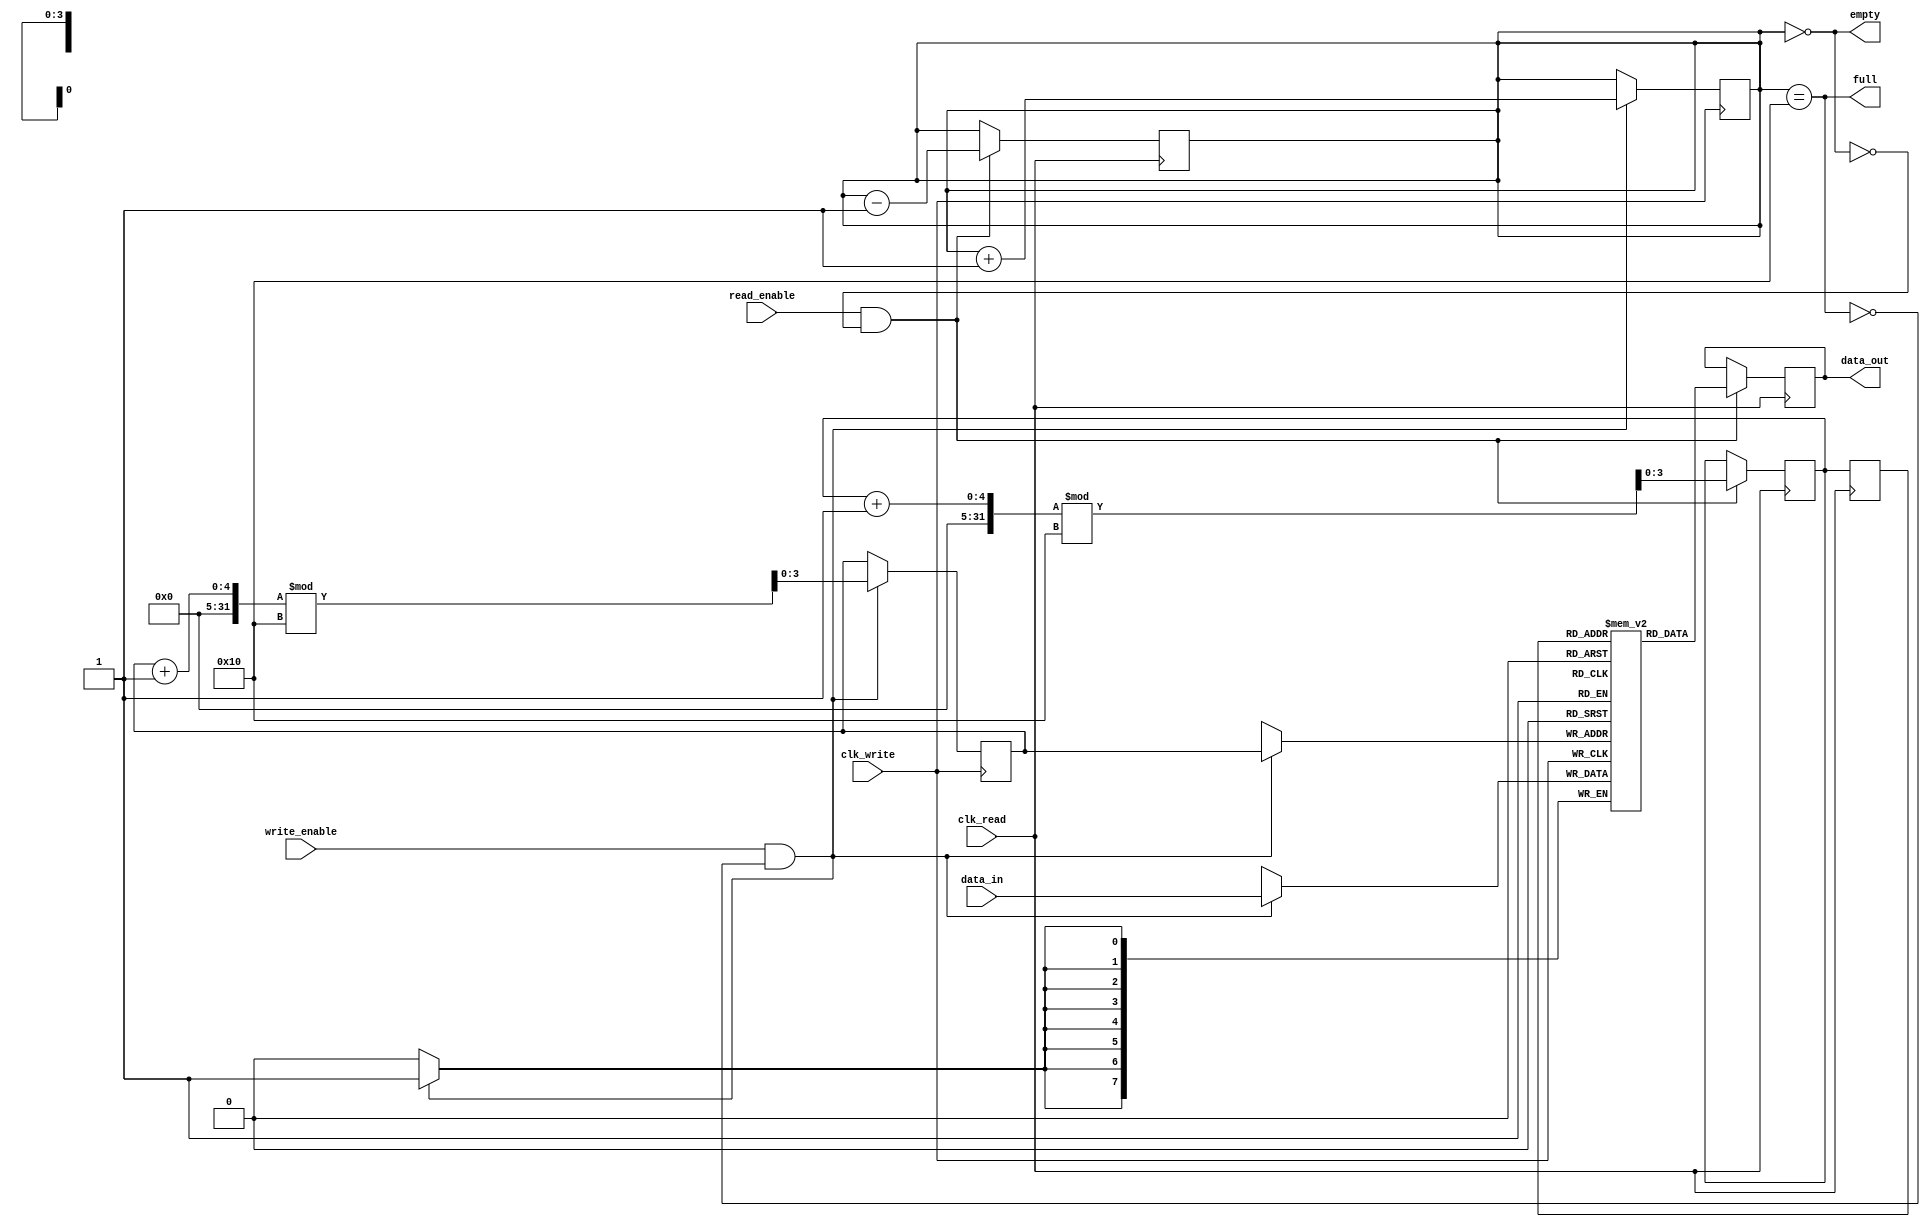
module fifo_synchronizer #(
    parameter DATA_WIDTH = 8,  // Width of the data
    parameter FIFO_DEPTH = 16   // Depth of the FIFO
)(
    input wire clk_write,       // Write clock
    input wire clk_read,        // Read clock
    input wire write_enable,     // Write enable signal
    input wire read_enable,      // Read enable signal
    input wire [DATA_WIDTH-1:0] data_in, // Data input
    output reg [DATA_WIDTH-1:0] data_out, // Data output
    output reg full,            // Full flag
    output reg empty            // Empty flag
);

    // FIFO Memory
    reg [DATA_WIDTH-1:0] fifo_mem [0:FIFO_DEPTH-1];
    
    // Write Pointer
    reg [clog2(FIFO_DEPTH)-1:0] write_pointer;
    // Read Pointer
    reg [clog2(FIFO_DEPTH)-1:0] read_pointer;
    
    // Synchronization registers
    reg [clog2(FIFO_DEPTH)-1:0] read_pointer_sync;
    
    // FIFO status
    reg [clog2(FIFO_DEPTH):0] fifo_count; // Counter to track number of elements in FIFO

    // Calculate log base 2
    function integer clog2(input integer value);
        begin
            value = value - 1;
            for (clog2=0; value>0; clog2=clog2+1)
                value = value >> 1;
        end
    endfunction

    // Write operation
    always @(posedge clk_write) begin
        if (write_enable && !full) begin
            fifo_mem[write_pointer] <= data_in;
            write_pointer <= (write_pointer + 1) % FIFO_DEPTH;
            fifo_count <= fifo_count + 1;
        end
    end

    // Read operation
    always @(posedge clk_read) begin
        if (read_enable && !empty) begin
            data_out <= fifo_mem[read_pointer_sync];
            read_pointer <= (read_pointer + 1) % FIFO_DEPTH;
            fifo_count <= fifo_count - 1;
        end
    end

    // FIFO status flags
    always @* begin
        full = (fifo_count == FIFO_DEPTH);
        empty = (fifo_count == 0);
    end

    // Synchronize read pointer
    always @(posedge clk_read) begin
        read_pointer_sync <= read_pointer;
    end

endmodule